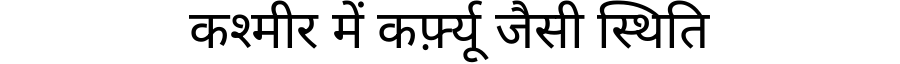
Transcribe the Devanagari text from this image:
कश्मीर में कर्फ़्यू जैसी स्थिति